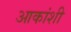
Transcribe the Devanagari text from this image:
आकांशी